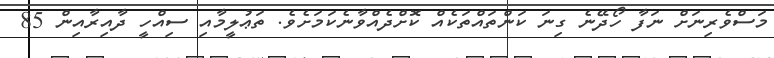
މަސްވެރިނަށް ނަފާ ހޯދޭނެ ގިނަ ކަންތައްތަކެއް ކޮށްދެއްވާނެކަމަށެވެ. ތަޢުލީމާއި ސިއްހީ ދާއިރާއިން 85